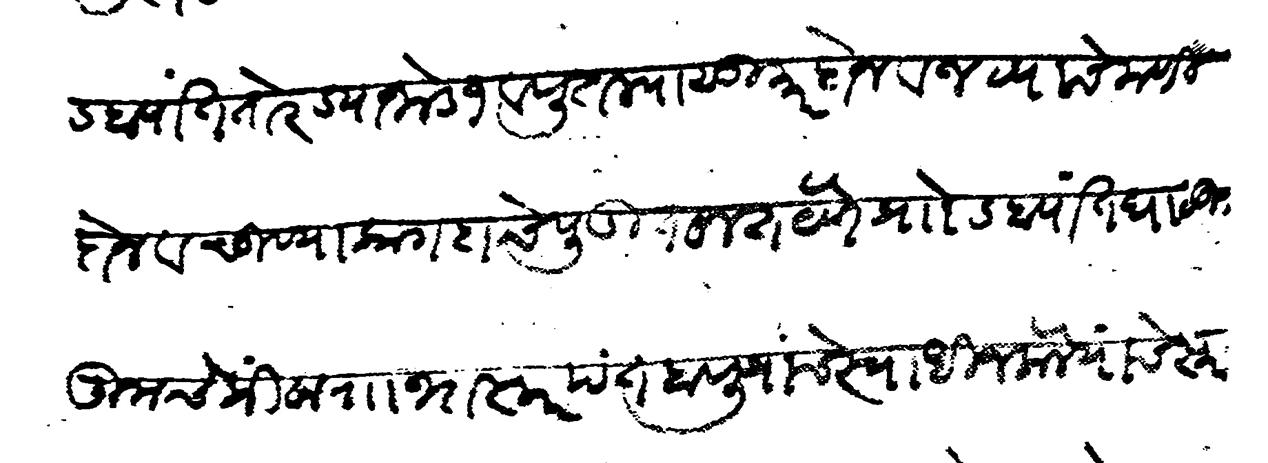
Transliteration (Devanagari): डब्यांत तोरड्या जोड १ व पुतल्या सुमार दोन व जव्याचे मणी दोन व चुण्या कागदाचे पुडीत सात येणे प्राो डब्यात घालून तुमचे किंवा रा भास्करपंत बापू यांचे स्वाधीन केले याचे स्मरण